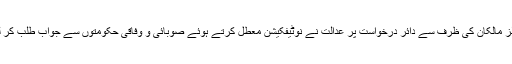
گھی ملز مالکان کی ظرف سے دائر درخواست پر عدالت نے نوٹیفکیشن معطل کرتے ہوئے صوبائی و وفاقی حکومتوں سے جواب طلب کر لیا ہے۔